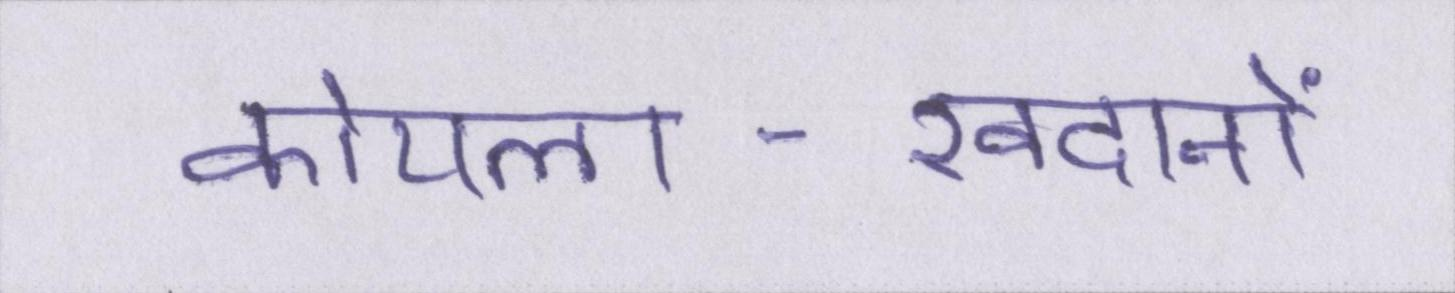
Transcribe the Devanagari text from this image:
कोयला-खदानों